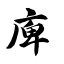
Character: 庳